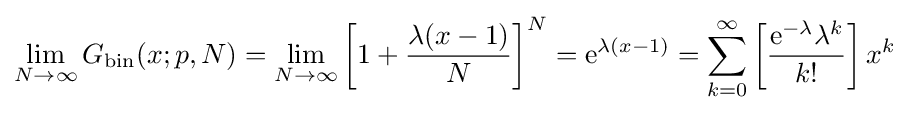
\lim _{N\rightarrow \infty }G_{\operatorname {bin} }(x;p,N)=\lim _{N\rightarrow \infty }\left[1+{\frac {\lambda (x-1)}{N}}\right]^{N}=\mathrm {e} ^{\lambda (x-1)}=\sum _{k=0}^{\infty }\left[{\frac {\mathrm {e} ^{-\lambda }\lambda ^{k}}{k!}}\right]x^{k}